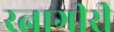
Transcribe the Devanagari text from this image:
रत्नागीरी